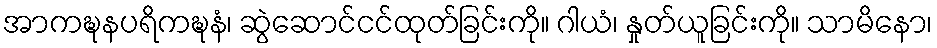
အာကဍ္ဎနပရိကဍ္ဎနံ၊ ဆွဲဆောင်ငင်ထုတ်ခြင်းကို။ ဂါယံ၊ နှုတ်ယူခြင်းကို။ သာမိနော၊